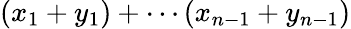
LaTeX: (x_{1}+y_{1})+\cdots(x_{n-1}+y_{n-1})